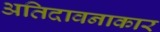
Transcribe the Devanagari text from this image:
अतिदावनाकार